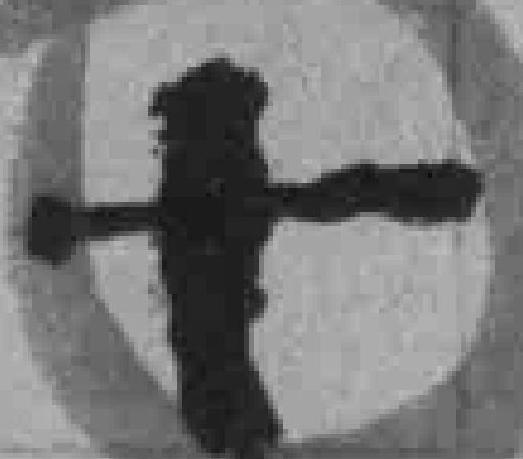
十